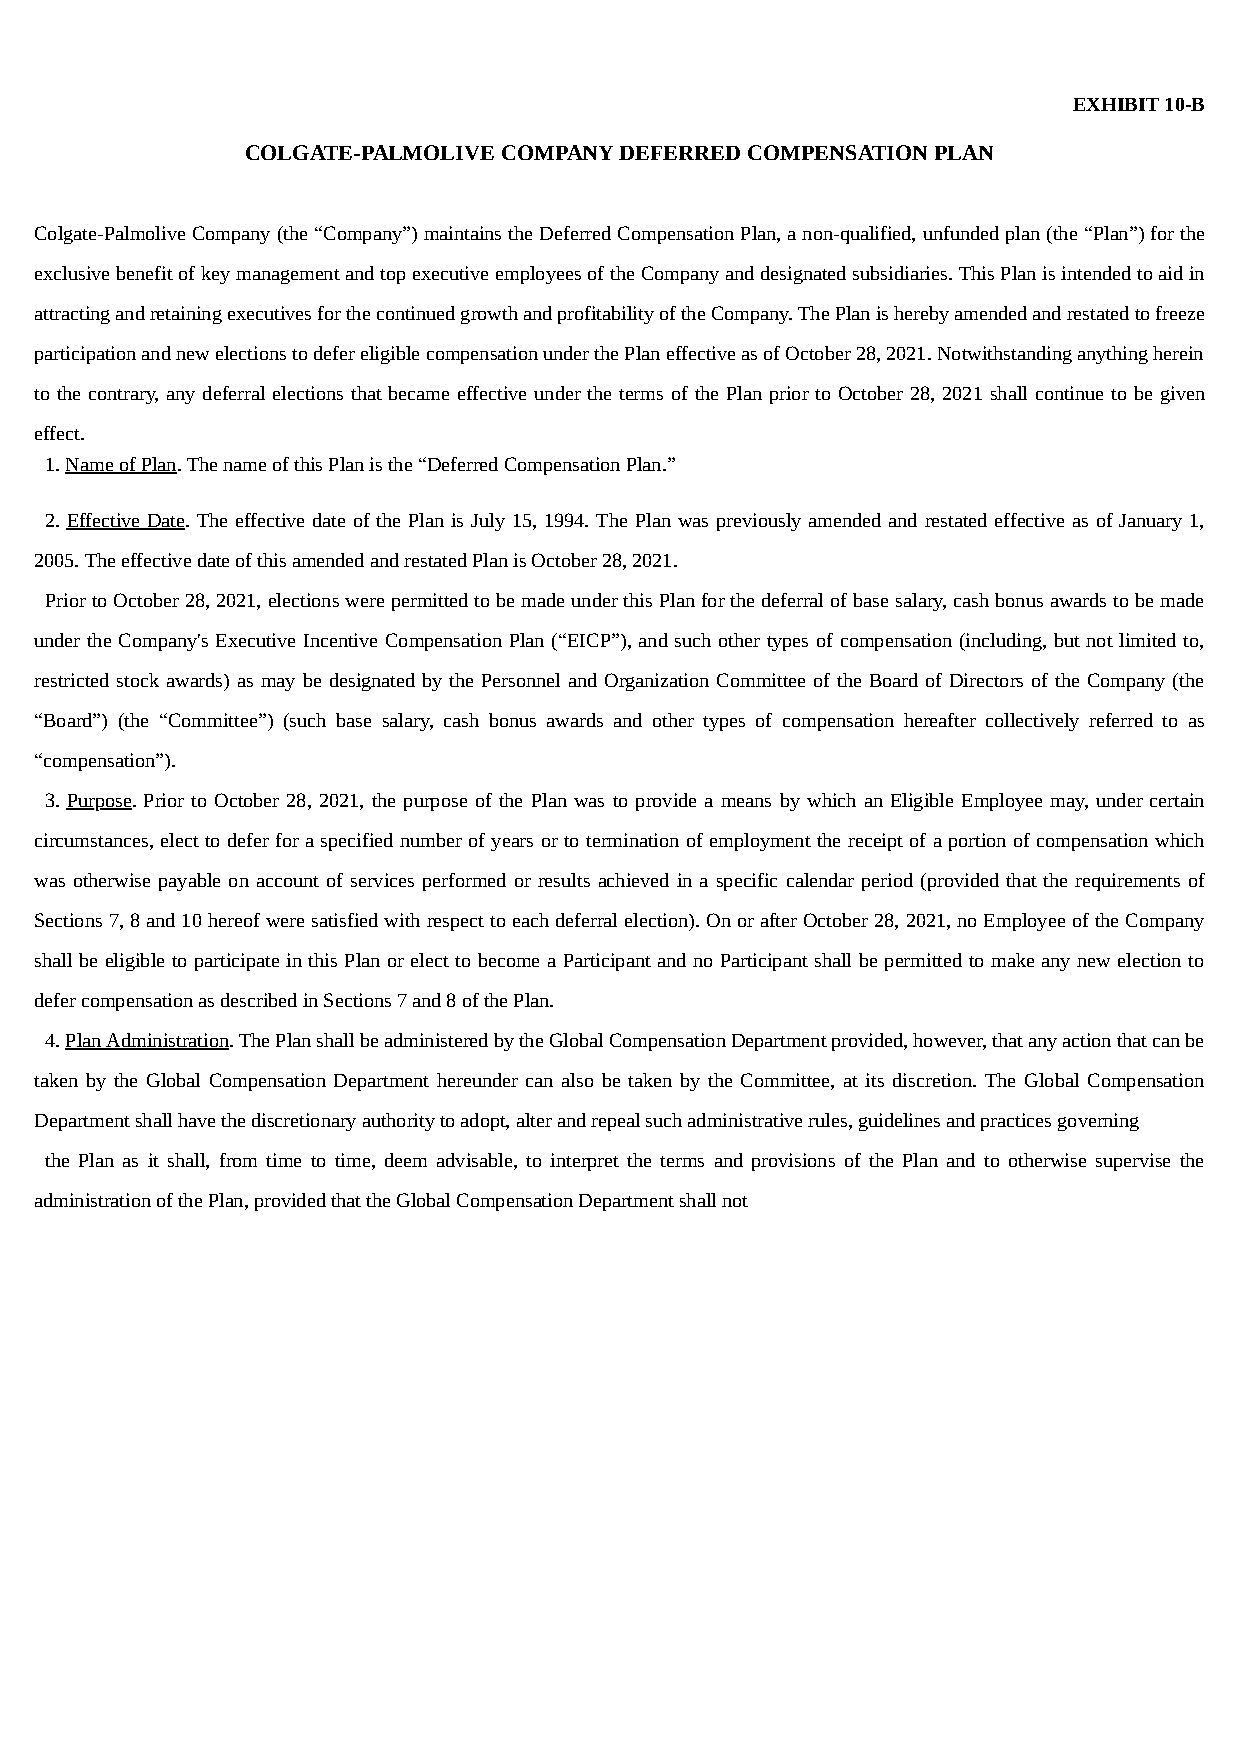
EXHIBIT 10-B
 COLGATE-PALMOLIVE COMPANY DEFERRED COMPENSATION PLAN
 Colgate-Palmolive Company (the “Company”) maintains the Deferred Compensation Plan, a non-qualified, unfunded plan (the “Plan”) for the
 exclusive benefit of key management and top executive employees of the Company and designated subsidiaries. This Plan is intended to aid in
 attracting and retaining executives for the continued growth and profitability of the Company. The Plan is hereby amended and restated to freeze
 participation and new elections to defer eligible compensation under the Plan effective as of October 28, 2021. Notwithstanding anything herein
 to the contrary, any deferral elections that became effective under the terms of the Plan prior to October 28, 2021 shall continue to be given
 effect.
 1. Name of Plan. The name of this Plan is the “Deferred Compensation Plan.”
 2. Effective Date. The effective date of the Plan is July 15, 1994. The Plan was previously amended and restated effective as of January 1,
 2005. The effective date of this amended and restated Plan is October 28, 2021.
 Prior to October 28, 2021, elections were permitted to be made under this Plan for the deferral of base salary, cash bonus awards to be made
 under the Company's Executive Incentive Compensation Plan (“EICP”), and such other types of compensation (including, but not limited to,
 restricted stock awards) as may be designated by the Personnel and Organization Committee of the Board of Directors of the Company (the
 “Board”) (the “Committee”) (such base salary, cash bonus awards and other types of compensation hereafter collectively referred to as
 “compensation”).
 3. Purpose. Prior to October 28, 2021, the purpose of the Plan was to provide a means by which an Eligible Employee may, under certain
 circumstances, elect to defer for a specified number of years or to termination of employment the receipt of a portion of compensation which
 was otherwise payable on account of services performed or results achieved in a specific calendar period (provided that the requirements of
 Sections 7, 8 and 10 hereof were satisfied with respect to each deferral election). On or after October 28, 2021, no Employee of the Company
 shall be eligible to participate in this Plan or elect to become a Participant and no Participant shall be permitted to make any new election to
 defer compensation as described in Sections 7 and 8 of the Plan.
 4. Plan Administration. The Plan shall be administered by the Global Compensation Department provided, however, that any action that can be
 taken by the Global Compensation Department hereunder can also be taken by the Committee, at its discretion. The Global Compensation
 Department shall have the discretionary authority to adopt, alter and repeal such administrative rules, guidelines and practices governing
 the Plan as it shall, from time to time, deem advisable, to interpret the terms and provisions of the Plan and to otherwise supervise the
 administration of the Plan, provided that the Global Compensation Department shall not